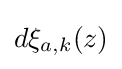
d\xi _{a,k}(z)